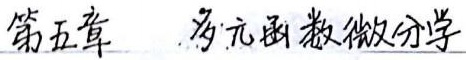
第五章  多元函数微分学